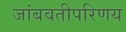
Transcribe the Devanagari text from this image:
जांबवतीपरिणय